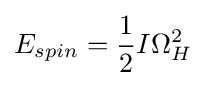
E_{spin}={\frac {1}{2}}I\Omega _{H}^{2}